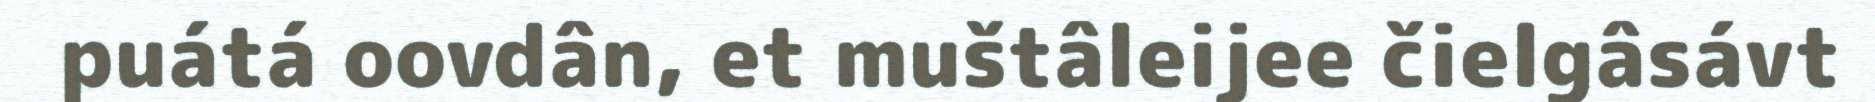
puátá oovdân, et muštâleijee čielgâsávt